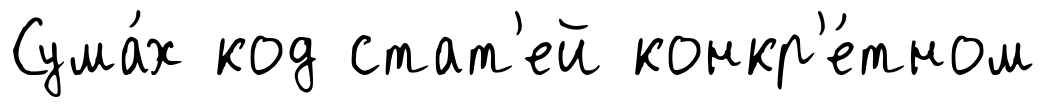
Сума́х код стат'ей конкр'е́тном